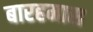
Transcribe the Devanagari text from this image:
बारहमास